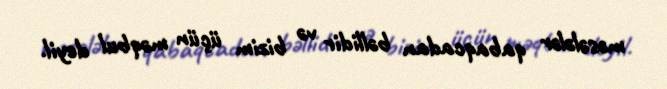
məsələlər qabaqcadan bəllidir və bizim üçün məqbul deyil.